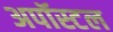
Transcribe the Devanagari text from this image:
अपॉस्टल